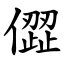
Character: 㒊